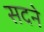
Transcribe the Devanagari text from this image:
सदने